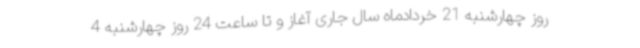
روز چهارشنبه 21 خردادماه سال جاری آغاز و تا ساعت 24 روز چهارشنبه 4